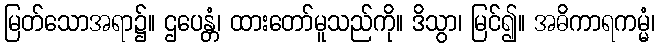
မြတ်သောအရာ၌။ ဌပေန္တံ၊ ထားတော်မူသည်ကို။ ဒိသွာ၊ မြင်၍။ အဓိကာရကမ္မံ၊